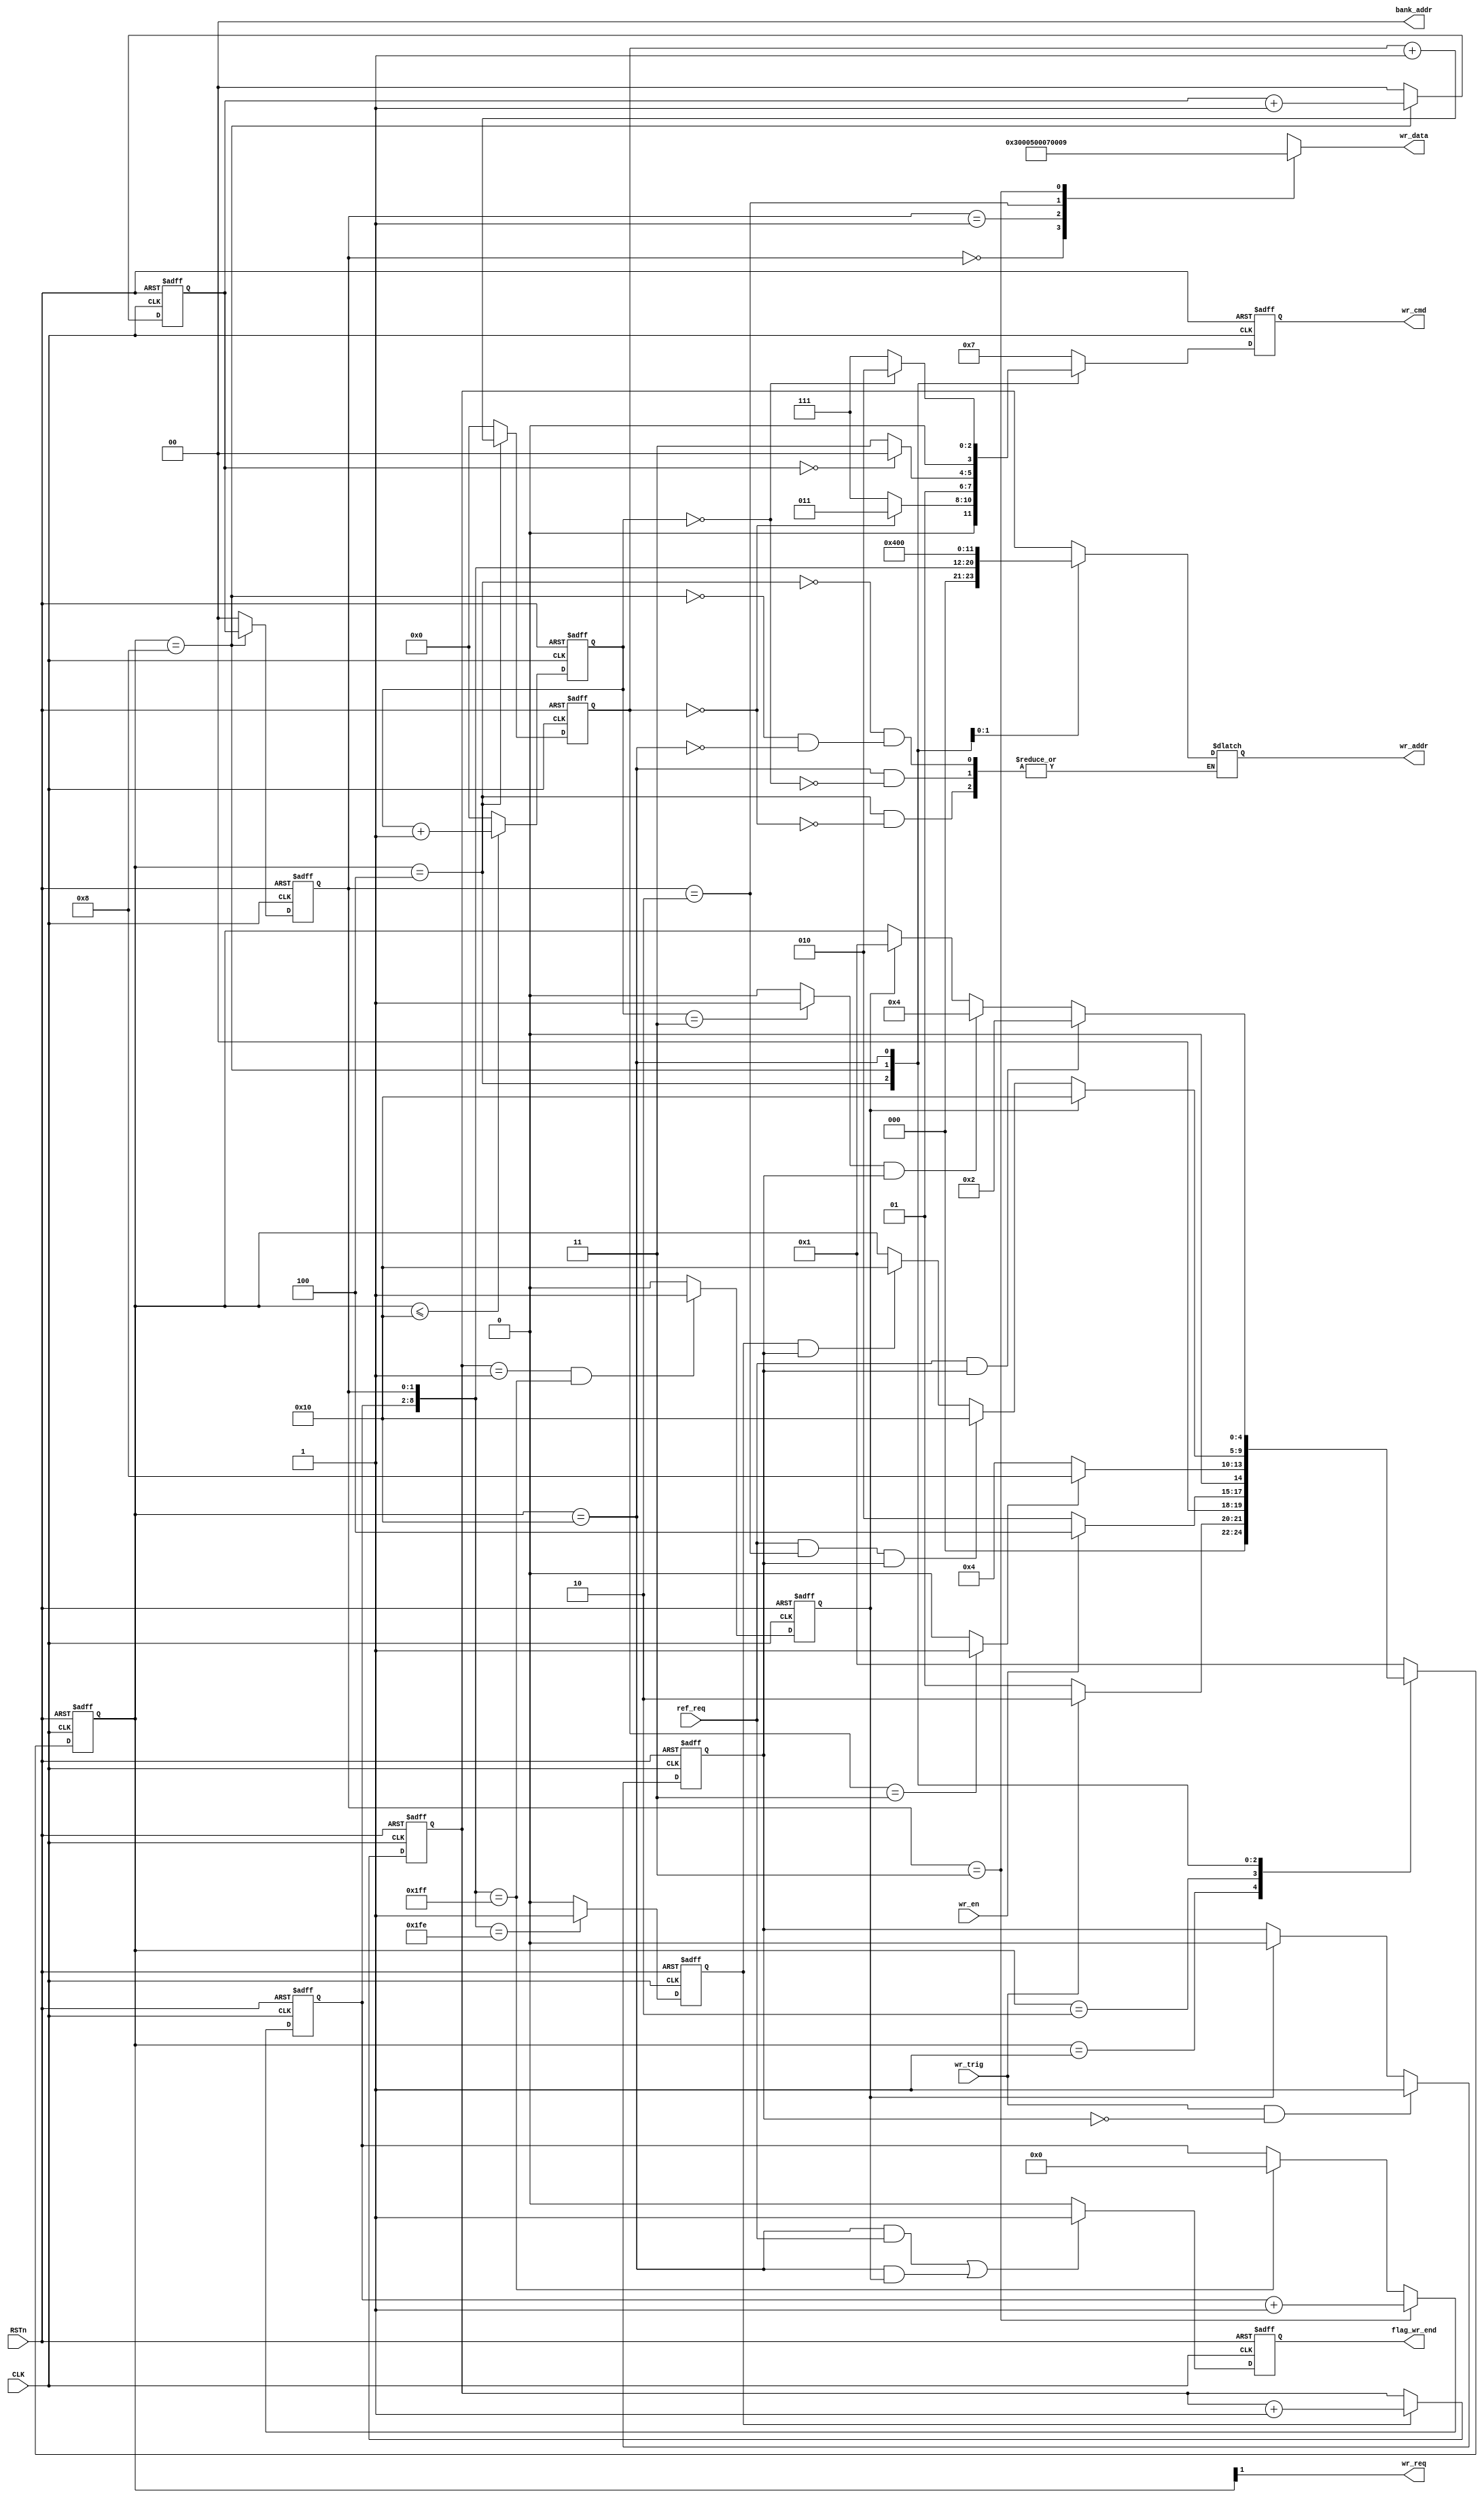
module sdram_write(
	input 				CLK,
	input 				RSTn,

	input 				wr_en,
	output wire 		wr_req,
	output reg 			flag_wr_end,

	output reg [ 3:0] 	wr_cmd,
	output reg [11:0] 	wr_addr,
	output wire[ 1:0] 	bank_addr,

	input				wr_trig,
	input 				ref_req,

	output reg [15:0]	wr_data
);
//=======================state=====================//
localparam W_IDLE 	= 5'b00001;
localparam W_REQ 	= 5'b00010;
localparam W_ACT 	= 5'b00100;
localparam W_WR 	= 5'b01000;
localparam W_PRE 	= 5'b10000;

//======================command====================//
localparam NOP 	= 4'b0111;
localparam PRE 	= 4'b0010;
localparam ACT 	= 4'b0011;
localparam AREF = 4'b0001;
localparam WR 	= 4'b0100;


reg 		flag_wr;
reg  [ 4:0] state;


wire 		flag_act_end;
wire 		flag_pre_end;
reg  		sd_row_end;//hang over
reg  [ 1:0] burst_cnt;
reg  [ 1:0]	burst_cnt_t;
reg  		wr_data_end;

reg  [ 3:0]	act_cnt;
reg  [ 3:0]	break_cnt;
reg  [ 6:0]	col_cnt;

reg  [11:0]	row_addr;
wire [ 8:0]	col_addr;


//=========================FSM==========================//
always @(posedge CLK or negedge RSTn) 
begin
	if (!RSTn) 
		begin
			state <= W_IDLE;
		end
	else 
		case(state)
			W_IDLE:	if (wr_trig)
						state <= W_REQ;
					else
						state <= W_IDLE;
			W_REQ :	if (wr_en)
						state <= W_ACT;
					else
						state <= W_REQ;
			W_ACT :	if (flag_act_end)
						state <= W_WR;
					else
						state <= W_ACT;
			W_WR  :	if (wr_data_end)
						state <= W_PRE;
					else if (ref_req && (burst_cnt_t == 'd2) && flag_wr)
						state <= W_PRE;
					else if (sd_row_end && flag_wr)
						state <= W_PRE;
					
			W_PRE :	if (ref_req && flag_wr)
						state <= W_REQ;
					else if (flag_pre_end && flag_wr)
						state <= W_ACT;
					else if (wr_data_end)
						state <= W_IDLE;
					
			default:	state <= W_IDLE;
		endcase	
	
end


//=====================command=====================//
always @(posedge CLK or negedge RSTn) 
begin
	if (!RSTn) 
		begin
			wr_cmd <= NOP;
		end
	else 
		case (state)
			 W_ACT  :	if (act_cnt == 0)
			 				wr_cmd <= ACT;
			 			else
			 				wr_cmd <= NOP;
			 W_WR	:	if (burst_cnt == 0)
			 				wr_cmd <= WR;
			 			else
			 				wr_cmd <= NOP;
			 W_PRE	:	if (break_cnt == 0)
			 				wr_cmd <= PRE;
			 			else
			 				wr_cmd <= NOP;
			 default:	wr_cmd <= NOP;

		endcase
		
end

//=====================flag_wr=====================//
always @(posedge CLK or negedge RSTn) 
begin
	if (!RSTn) 
		begin
			flag_wr <= 0;
		end
	else if (wr_trig && (!flag_wr)) 
		begin
			flag_wr <= 1;
		end
	else if (wr_data_end)
	 	begin
			flag_wr <= 0; 
		end
end


//flag_act_end
assign flag_act_end = (act_cnt == 'd3) ? 1: 0;

//flag_pre_end
assign flag_pre_end = (break_cnt == 'd3) ? 1 : 0;

//sd_row_end
//assign sd_row_end = (col_addr == 'd511) ? 1 : 0;//also can use
always @(posedge CLK or negedge RSTn) 
begin
    if (!RSTn)
        sd_row_end <= 0;
//    else if (state == W_WR && col_addr == 'd511)
    else if (col_addr == 'd510)
        sd_row_end <= 1;
    else 
        sd_row_end <= 0;
end

//burst_cnt
//burst_cnt_t
always @(posedge CLK or negedge RSTn) 
begin
	if (!RSTn) 
		begin
			burst_cnt <= 0;
			burst_cnt_t <= 0;		
		end
	else if (state == W_WR) 
		begin
			burst_cnt <= burst_cnt + 1;
			burst_cnt_t <= burst_cnt;
		end
	else 
		begin
			burst_cnt <= 0;
			burst_cnt_t<= 0;
		end
end

//wr_data_end
always @(posedge CLK or negedge RSTn) 
begin
	if (!RSTn) 
		begin
			wr_data_end <= 0;		
		end
	else if ((row_addr == 1) && (col_addr == 'd511)) 
		begin
			wr_data_end <= 1;
		end
	else 
		begin
			wr_data_end <= 0;
		end
end

//act_cnt
always @(posedge CLK or negedge RSTn) 
begin
	if (!RSTn) 
		begin
			act_cnt <= 0;
		end
	else if (state == W_ACT) 
		begin
			act_cnt <= act_cnt + 1;
		end
	else 
		begin
			act_cnt <= 0;
		end
end

//break_cnt
always @(posedge CLK or negedge RSTn) 
begin
	if (!RSTn) 
		begin
			break_cnt <= 0;
		end
	else if (state <= W_PRE) 
		begin
			break_cnt <= break_cnt + 1;
		end
	else 
		begin
			break_cnt <= 0;
		end
end

//col_cnt
always @(posedge CLK or negedge RSTn) 
begin
	if (!RSTn) 
		begin
			col_cnt <= 0;		
		end
//	else if (state == W_WR && burst_cnt_t == 'd3) 
	else if ( burst_cnt_t == 'd3) 
		begin
			col_cnt <= col_cnt + 1;
		end
	else if (col_addr == 'd511)
		begin
			col_cnt <= 0;
		end
end

//row_addr
always @(posedge CLK or negedge RSTn) 
begin
	if (!RSTn) 
		begin
			row_addr <= 0;		
		end
	else if (sd_row_end) 
		begin
			row_addr <= row_addr + 1;
		end
end

//col_addr
assign col_addr = {col_cnt , burst_cnt_t};
// col_addr={col_cnt	burst_cnt_t}
// 			 0000000		00			
// 			 0000000		01			
// 			 0000000		10			
// 			 0000000		11
// 			 
// 			 0000001		00		
// 			 0000001		01
// 			 0000001		10
// 			 0000001		11
// 			 ...			...

//wr_addr
always @(*) 
begin 
	case(state)
		W_ACT	:	if (act_cnt == 0)
				 		wr_addr <= row_addr;
		W_WR	:		wr_addr <= {3'b000,col_addr};
		W_PRE	:	if (break_cnt == 0)
				 		wr_addr <= 12'b0100_0000_0000;
	endcase
end

assign bank_addr = 2'b00;

//wr_req
//assign wr_req = (state == W_REQ) ? 1 : 0;//also can use
assign wr_req = state[1];

//flag_wr_end
always @(posedge CLK or negedge RSTn) 
begin
	if (!RSTn) 
		begin
			flag_wr_end <= 0;
		end
	else if ((state == W_PRE && ref_req == 1) || (state == W_PRE && wr_data_end == 1)) //ref
		begin
			flag_wr_end <= 1;
		end
	else 
		flag_wr_end <= 0;
end




//test
always @(*) 
begin
	case(burst_cnt_t)
		0:wr_data <= 'd3;
		1:wr_data <= 'd5;
		2:wr_data <= 'd7;
		3:wr_data <= 'd9;
	endcase
end



endmodule